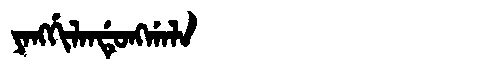
Manchu: ᠶᠠᠩᡤᡳᠯᠠᠨᡩᡠᠩᡤᠠᠯᠠ
Romanization: YANGGILANDUNGGALA